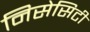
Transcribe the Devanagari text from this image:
निसेसिटी